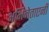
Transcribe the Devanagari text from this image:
अभिनेताएर्नी